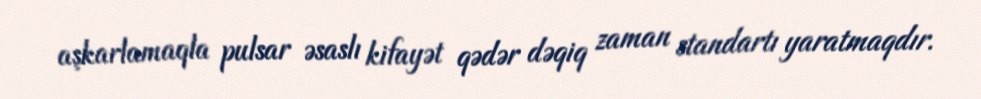
aşkarlamaqla pulsar əsaslı kifayət qədər dəqiq zaman standartı yaratmaqdır.